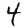
Digit: 4